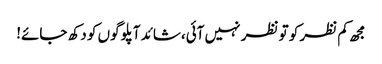
مجھ کم نظر کو تو نظر نہیں آئی،شائد آپلوگوں کو دکھ جائے!